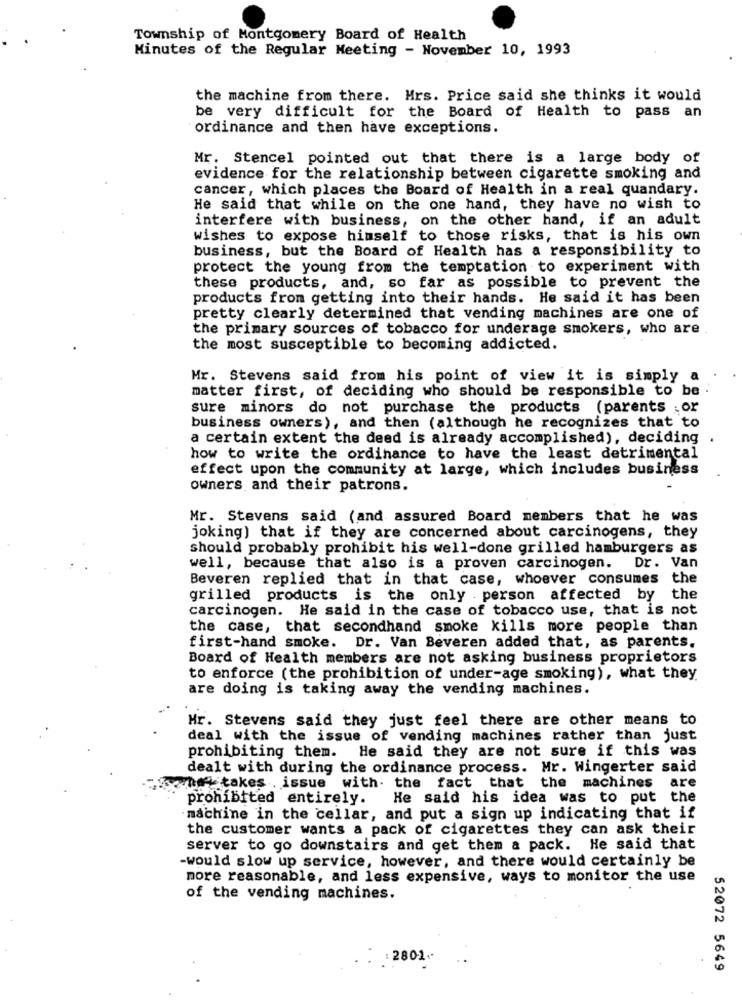
Township of Montgomery Board of Health
Minutes of the Regular Meeting - November 10, 1993
the machine from there. Mrs. Price said she thinks it would
be very difficult for the Board of Health to pass an
ordinance and then have exceptions.
Mr. Stencel pointed out that there is a large body of
evidence for the relationship between cigarette smoking and
cancer, which places the Board of Health in a real quandary.
He said that while on the one hand, they have no wish to
interfere with business, on the other hand, if an adult
wishes to expose himself to those risks, that is his own
business, but the Board of Health has a responsibility to
protect the young from the temptation to experiment with
these products, and, so far as possible to prevent the
products from getting into their hands. He said it has been
pretty clearly determined that vending machines are one of
the primary sources of tobacco for underage smokers, who are
the most susceptible to becoming addicted.
Mr. Stevens said from his point of view it is simply a
matter first, of deciding who should be responsible to be
sure minors do not purchase the products (parents .or
business owners), and then (although he recognizes that to
a certain extent the deed is already accomplished), deciding
how to write the ordinance to have the least detrimental
effect upon the community at large, which includes business
owners and their patrons.
Mr. Stevens said (and assured Board members that he was
joking) that if they are concerned about carcinogens, they
should probably prohibit his well-done grilled hamburgers as
well, because that also is a proven carcinogen. Dr. Van
Beveren replied that in that case, whoever consumes the
grilled products is the only . person affected by the
carcinogen. He said in the case of tobacco use, that is not
the case, that secondhand smoke kills more people than
first-hand smoke. Dr. Van Beveren added that, as parents.
Board of Health members are not asking business proprietors
to enforce (the prohibition of under-age smoking), what they
are doing is taking away the vending machines.
Hr. Stevens said they just feel there are other means to
deal with the issue of vending machines rather than just
prohibiting them. He said they are not sure if this was
dealt with during the ordinance process. Mr. Wingerter said
who takes . issue with the fact that the machines
are
prohibited entirely.
He said his idea was to put the
machine in the cellar, and put a sign up indicating that if
the customer wants a pack of cigarettes they can ask their
server to go downstairs and get them a pack. He said that
-would slow up service, however, and there would certainly be
more reasonable, and less expensive, ways to monitor the use
of the vending machines.
: 2801.
52072 5649